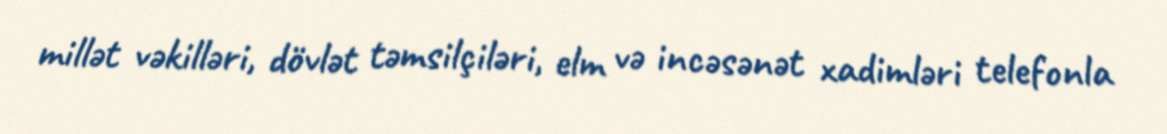
millət vəkilləri, dövlət təmsilçiləri, elm və incəsənət xadimləri telefonla